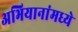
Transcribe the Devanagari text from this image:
अभियानांमध्ये